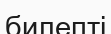
билепті